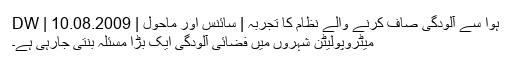
ہوا سے آلودگی صاف کرنے والے نظام کا تجربہ | سائنس اور ماحول | DW | 10.08.2009
میٹروپولیٹن شہروں میں فضائی آلودگی ایک بڑا مسئلہ بنتی جارہی ہے۔